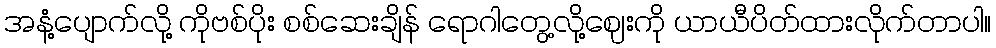
အနံ့ပျောက်လို့ ကိုဗစ်ပိုး စစ်ဆေးချိန် ရောဂါတွေ့လို့ဈေးကို ယာယီပိတ်ထားလိုက်တာပါ။